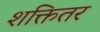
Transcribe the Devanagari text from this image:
शक्तितर